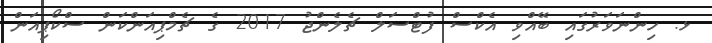
ޅ. ހިންނަވަރުގައި ބޭއްވި އެކްސް ފުޓްސަލް ޗެލެންޖު 2017 ގެ ޗެމްޕިއަންކަން ސްކޯޕިއަން